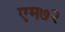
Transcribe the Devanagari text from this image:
एम७२